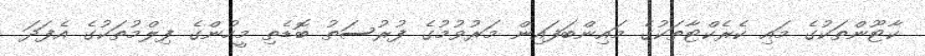
ކާޓޫންތަކުގެ މައި ކެރެކްޓާތަކުގެ މައިންބަފައިން މަރުވުމުގެ ފުރުސަތު ބޮޑެތި މީހުންގެ ފިލްމުތަކުގެ އެފަދަ